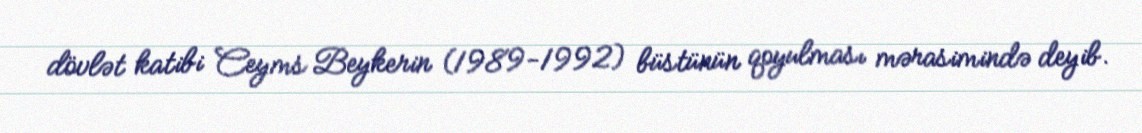
dövlət katibi Ceyms Beykerin (1989-1992) büstünün qoyulması mərasimində deyib.